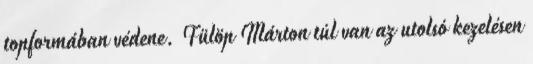
topformában védene. Fülöp Márton túl van az utolsó kezelésen